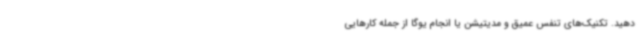
دهید. تکنیک‌های تنفس عمیق و مدیتیشن یا انجام یوگا از جمله کارهایی